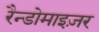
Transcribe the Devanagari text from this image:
रैन्डोमाइज़र